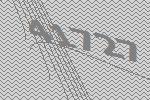
41727